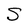
Character: S